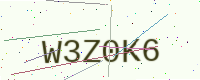
Text: W3Z0K6